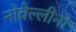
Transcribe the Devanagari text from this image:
नोवेल्लीनो